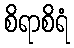
စိရာစိရံ